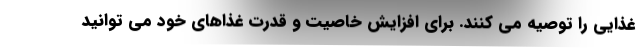
غذایی را توصیه می کنند. برای افزایش خاصیت و قدرت غذاهای خود می توانید